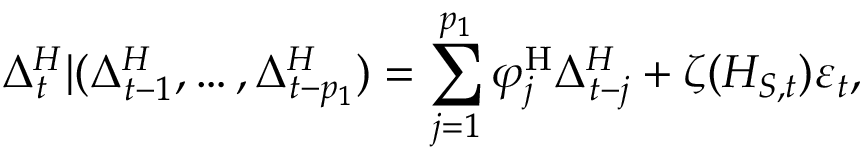
\Delta _ { t } ^ { H } | ( \Delta _ { t - 1 } ^ { H } , \dots , \Delta _ { t - p _ { 1 } } ^ { H } ) = \sum _ { j = 1 } ^ { p _ { 1 } } \varphi _ { j } ^ { \mathrm { H } } \Delta _ { t - j } ^ { H } + \zeta ( H _ { S , t } ) \varepsilon _ { t } ,